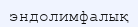
эндолимфалық